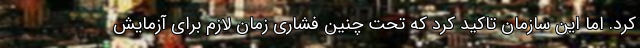
کرد. اما این سازمان تاکید کرد که تحت چنین فشاری زمان لازم برای آزمایش